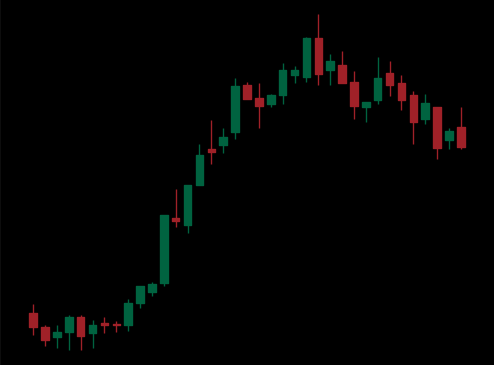
Pattern: bear_flag